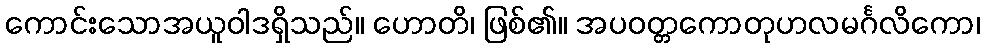
ကောင်းသောအယူဝါဒရှိသည်။ ဟောတိ၊ ဖြစ်၏။ အပဝတ္တကောတုဟလမင်္ဂလိကော၊